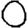
Digit: 0